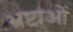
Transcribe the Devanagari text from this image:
भ्रष्टाओं